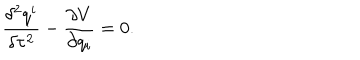
\frac { \delta ^ { 2 } q ^ { i } } { \delta \tau ^ { 2 } } - \frac { \partial V } { \partial q _ { i } } = 0 .